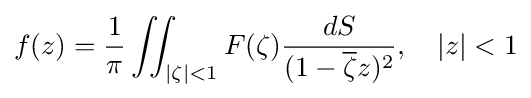
f(z)={\frac {1}{\pi }}\iint _{|\zeta |<1}F(\zeta ){\frac {dS}{(1-{\overline {\zeta }}z)^{2}}},\quad |z|<1